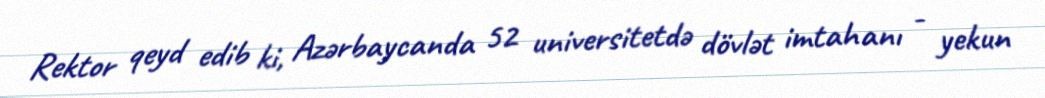
Rektor qeyd edib ki, Azərbaycanda 52 universitetdə dövlət imtahanı - yekun